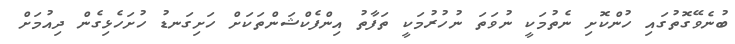
ބުނެވޭގޮތުގައި ހުންކޮށި ނެތުމަކީ ނުވަތަ ނުހުރުމަކީ ތަފާތު އިންފެކްޝަންތަކަށް ހަށިގަނޑު ހުށަހެޅިގެން ދިއުމަށް